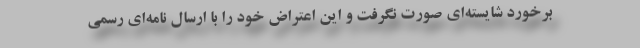
برخورد شایسته‌ای صورت نگرفت و این اعتراض خود را با ارسال نامه‌ای رسمی